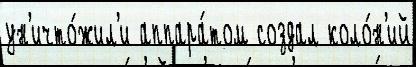
ун'ичто́жил'и аппара́том создал коло́н'ий